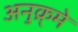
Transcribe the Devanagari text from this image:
अनुक्र्मे